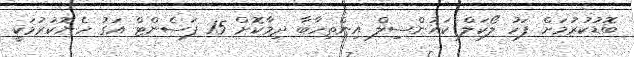
ބޮޑުކުރުމަށް ފަހު ލޯކަލް ކައުންސިލް އިންތިހާބާ ދިމާކޮށް 15 ޕަސެންޓް އަގު ހެޔޮކުރުމަކީ